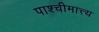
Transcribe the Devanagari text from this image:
पाश्चीमात्त्य